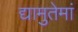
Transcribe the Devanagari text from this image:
द्यामुतेमां